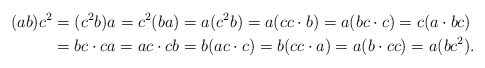
\begin{align*}(ab)c^{2} & =(c^{2}b)a=c^{2}(ba)=a(c^{2}b)=a(cc\cdot b)=a(bc\cdot c)=c(a\cdot bc)\\ & =bc\cdot ca=ac\cdot cb=b(ac\cdot c)=b(cc\cdot a)=a(b\cdot cc)=a(bc^{2}).\end{align*}